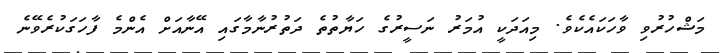
މަޝްހުރުވި ވާހަކައެކެވެ. މިއަދަކީ އުމަރު ނަސީރުގެ ހަޔާތުތެ ދަތުރުނާމާގައި އޭނާއަށް އެންމެ ފާހަގަކުރެވޭނެ